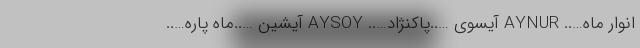
انوار ماه….. AYNUR آیسوی …..پاکنژاد….. AYSOY آیشین …..ماه پاره…..